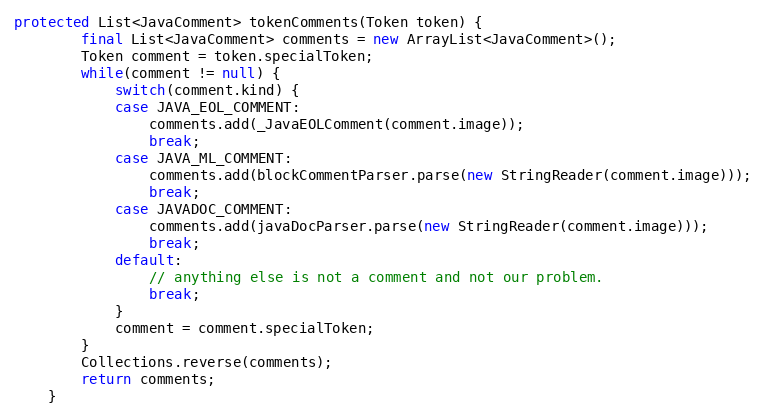
Language: Java
protected List<JavaComment> tokenComments(Token token) {
        final List<JavaComment> comments = new ArrayList<JavaComment>();
        Token comment = token.specialToken;
        while(comment != null) {
            switch(comment.kind) {
            case JAVA_EOL_COMMENT:
                comments.add(_JavaEOLComment(comment.image));
                break;
            case JAVA_ML_COMMENT:
                comments.add(blockCommentParser.parse(new StringReader(comment.image)));
                break;
            case JAVADOC_COMMENT:
                comments.add(javaDocParser.parse(new StringReader(comment.image)));
                break;
            default:
                // anything else is not a comment and not our problem.
                break;
            }
            comment = comment.specialToken;
        }
        Collections.reverse(comments);
        return comments;
    }